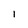
Character: 1